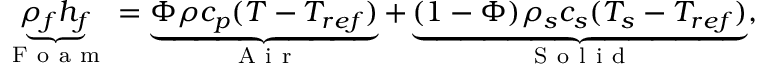
\underbrace { \rho _ { f } h _ { f } } _ { \mathrm { ~ F ~ o ~ a ~ m ~ } } = \underbrace { \Phi \rho c _ { p } ( T - T _ { r e f } ) } _ { \mathrm { ~ A ~ i ~ r ~ } } + \underbrace { ( 1 - \Phi ) \rho _ { s } c _ { s } ( T _ { s } - T _ { r e f } ) } _ { \mathrm { ~ S ~ o ~ l ~ i ~ d ~ } } ,